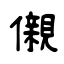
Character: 儭